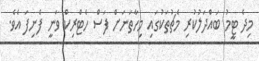
މިދެ ޓީމު ބައްދަލުކުރި މެޗުތަކުގައި މިހާތަނަށް ފަސް ހެޓްރިކް ވަނީ ފެނިފަ އެވެ.